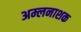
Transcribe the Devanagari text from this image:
अम्लनाशक